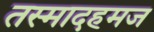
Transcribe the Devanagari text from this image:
तस्मादहमज